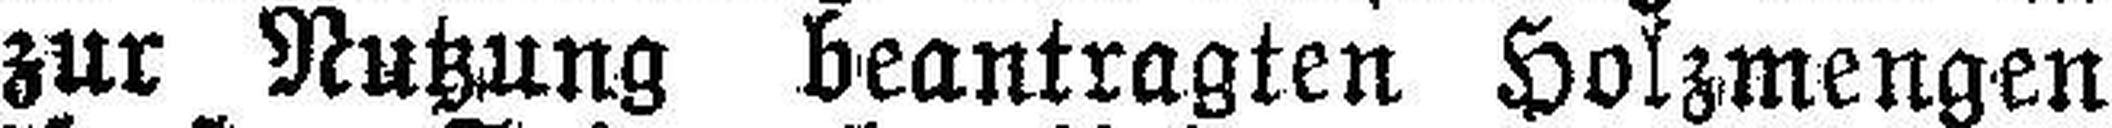
Jahre 1911 zur Nutzung beantragten Holzmengen